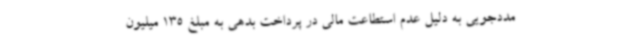
مددجویی به دلیل عدم استطاعت مالی در پرداخت بدهی به مبلغ 135 میلیون